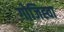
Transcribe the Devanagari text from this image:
गोजिह्वा